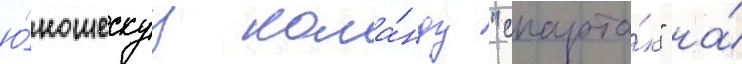
ю́ношескуу кома́нду "спарта́к" на́